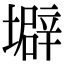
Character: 壀